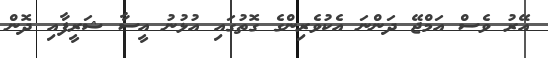
އޭރު ވެސް އަމްޖޭ ދަންނަ އެކުވެރިންގެ ގޮތުގައި އުޅުނު އީސާ ޝަރީފާއި ދޮން